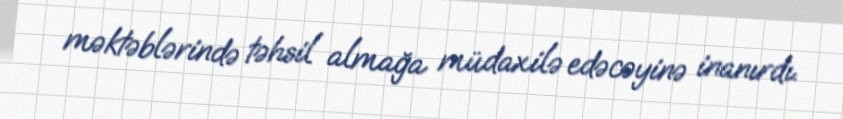
məktəblərində təhsil almağa müdaxilə edəcəyinə inanırdı.